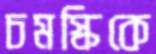
চমস্কিকে